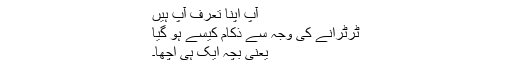
آپ اپنا تعرف آپ ہیں
ٹرٹرانے کی وجہ سے ذکام کیسے ہو گیا
یعنی بچہ ایک ہی اچھا۔